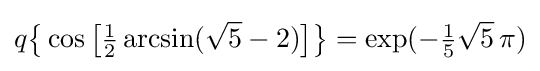
q{\bigl \{}\cos {\bigl [}{\tfrac {1}{2}}\arcsin({\sqrt {5}}-2){\bigr ]}{\bigr \}}=\exp(-{\tfrac {1}{5}}{\sqrt {5}}\,\pi )